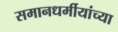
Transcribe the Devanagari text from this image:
समानधर्मीयांच्या